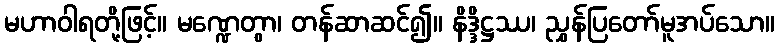
မဟာဝါရတို့ဖြင့်။ မဏ္ဍေတွာ၊ တန်ဆာဆင်၍။ နိဒ္ဒိဋ္ဌဿ၊ ညွှန်ပြတော်မူအပ်သော။